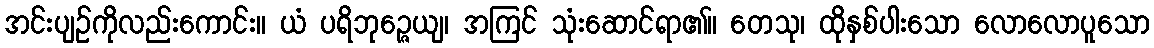
အင်းပျဉ်ကိုလည်းကောင်း။ ယံ ပရိဘုဉ္ဇေယျ၊ အကြင် သုံးဆောင်ရာ၏။ တေသု၊ ထိုနှစ်ပါးသော လောလောပူသော